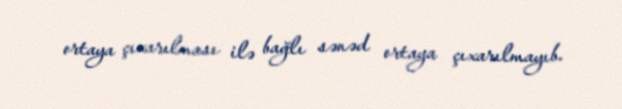
ortaya çıxarılması ilə bağlı sənəd ortaya çıxarılmayıb.